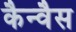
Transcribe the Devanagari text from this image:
कैन्वैस